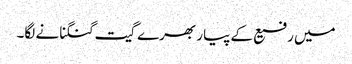
میں رفیع کے پیار بھرے گیت گنگنانے لگا۔